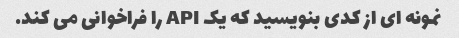
نمونه ای از کدی بنویسید که یک API را فراخوانی می کند.